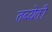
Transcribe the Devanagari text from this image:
तब्येती